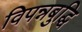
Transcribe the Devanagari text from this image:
विपन्नबुद्धि